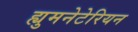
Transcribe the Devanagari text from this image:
ह्युमनेटेरियन